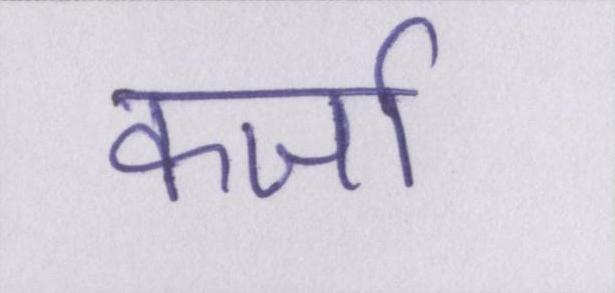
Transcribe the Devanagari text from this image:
कर्जा